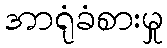
အာရုံခံစားမှု